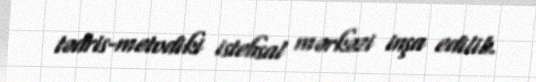
tədris-metodiki istehsal mərkəzi inşa edilib.